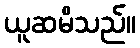
ယူဆမိသည်။